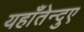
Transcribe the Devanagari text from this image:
यहाँतेन्दुए